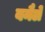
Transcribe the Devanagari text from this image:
बनैले